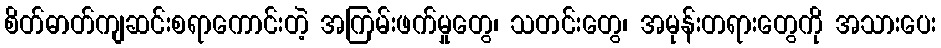
စိတ်ဓာတ်ကျဆင်းစရာကောင်းတဲ့ အကြမ်းဖက်မှုတွေ၊ သတင်းတွေ၊ အမုန်းတရားတွေကို အသားပေး